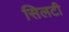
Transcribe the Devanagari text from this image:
सिलटी